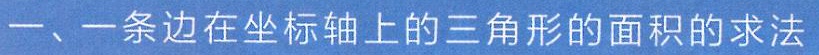
一、一条边在坐标轴上的三角形的面积的求法